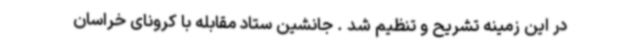
در این زمینه تشریح و تنظیم شد . جانشین ستاد مقابله با کرونای خراسان